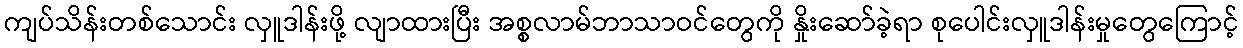
ကျပ်သိန်းတစ်သောင်း လှူဒါန်းဖို့ လျာထားပြီး အစ္စလာမ်ဘာသာဝင်တွေကို နှိုးဆော်ခဲ့ရာ စုပေါင်းလှူဒါန်းမှုတွေကြောင့်